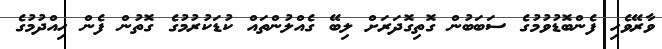
ވާރޭވެހި ފެންބޮޑުވުމުގެ ސަބަބުން ގޮތިގޮދަރަށް ލިބޭ ގެއްލުންތައް ކުޑަކުރުމުގެ ގޮތުން ފެން ހިއްދުމުގެ